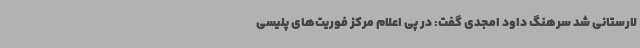
لارستانی شد سرهنگ داود امجدی گفت: در پی اعلام مرکز فوریت‌های پلیسی